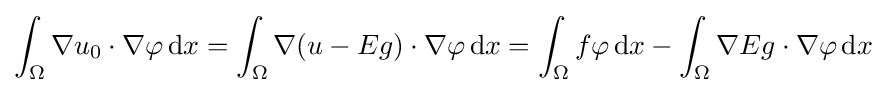
\int _{\Omega }\nabla u_{0}\cdot \nabla \varphi \,\mathrm {d} x=\int _{\Omega }\nabla (u-Eg)\cdot \nabla \varphi \,\mathrm {d} x=\int _{\Omega }f\varphi \,\mathrm {d} x-\int _{\Omega }\nabla Eg\cdot \nabla \varphi \,\mathrm {d} x